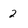
Character: 2